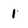
Character: 1